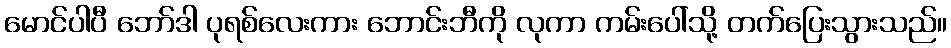
မောင်ပါပီ ဘော်ဒါ ပုရစ်လေးကား ဘောင်းဘီကို လုကာ ကမ်းပေါ်သို့ တက်ပြေးသွားသည်။